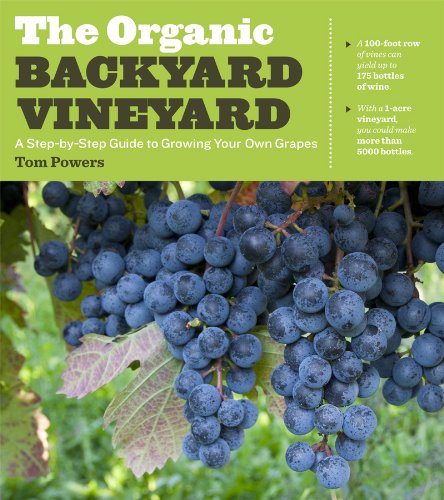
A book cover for The Organic Backyard Vineyard: A Step-by-Step Guide to Growing Your Own Grapes; Tom Powers; Cookbooks, Food & Wine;